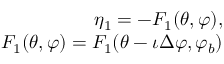
\begin{array} { r } { \eta _ { 1 } = - F _ { 1 } ( \theta , \varphi ) , } \\ { F _ { 1 } ( \theta , \varphi ) = F _ { 1 } ( \theta - \iota \Delta \varphi , \varphi _ { b } ) } \end{array}